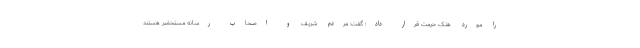
را مورد هتک حرمت قرار داد؛ گفت: مردم شریف و اصحاب رسانه مستحضر هستند